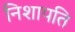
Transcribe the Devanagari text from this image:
निशापति